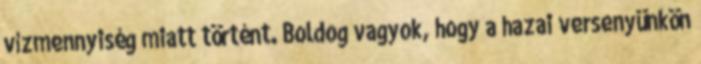
vízmennyiség miatt történt. Boldog vagyok, hogy a hazai versenyünkön